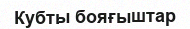
Кубты бояғыштар